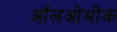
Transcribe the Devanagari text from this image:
ऑलओमोक